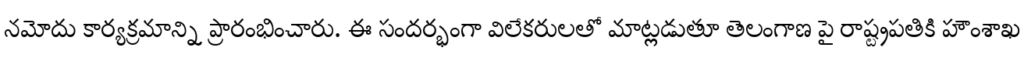
నమోదు కార్యక్రమాన్ని ప్రారంభించారు. ఈ సందర్భంగా విలేకరులతో మాట్లడుతూ తెలంగాణ పై రాష్ట్రపతికి హౌంశాఖ